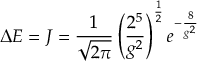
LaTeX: \Delta { \cal E } = J = \frac { 1 } { \sqrt { 2 \pi } } \left( \frac { 2 ^ { 5 } } { g ^ { 2 } } \right) ^ { \frac 1 2 } e ^ { - \frac { 8 } { g ^ { 2 } } }